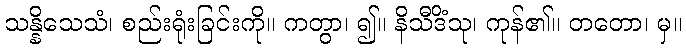
သန္နိသေသံ၊ စည်းရုံးခြင်းကို။ ကတွာ၊ ၍။ နိသီဒိံသု၊ ကုန်၏။ တတော၊ မှ။